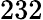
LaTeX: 232